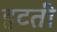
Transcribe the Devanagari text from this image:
हटतीं